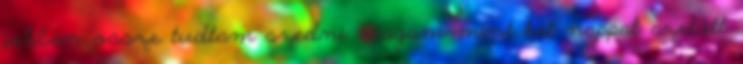
jobban össze tudtam szedni magam mint két nappal azelõtt